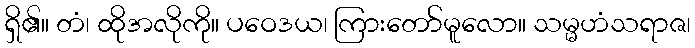
ရှိ၏။ တံ၊ ထိုအလိုကို။ ပဝေဒယ၊ ကြားတော်မူလော။ သမ္မဟံသရာဇ၊